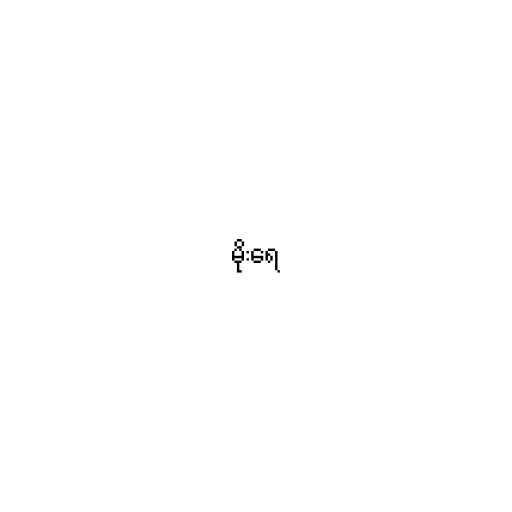
မိုးရေ